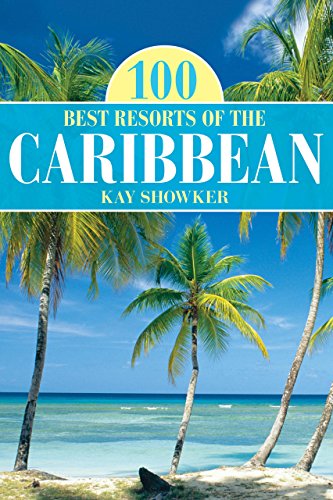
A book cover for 100 Best Resorts of the Caribbean (100 Best Series); Kay Showker; Travel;